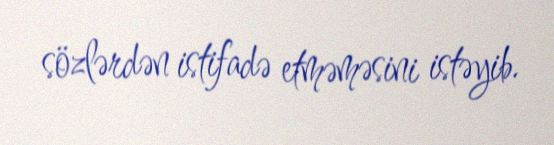
sözlərdən istifadə etməməsini istəyib.